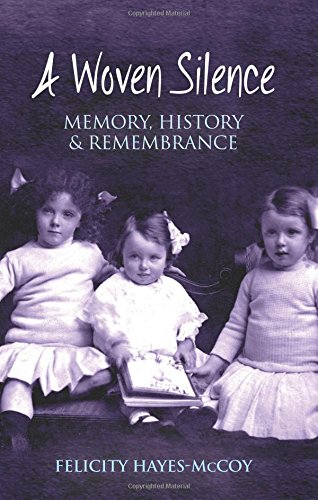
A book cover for A Woven Silence: Memory, History and Remembrance; Felicity Hayes-McCoy; Biographies & Memoirs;